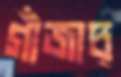
গাঁজাচ্